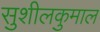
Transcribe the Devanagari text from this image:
सुशीलकुमाल